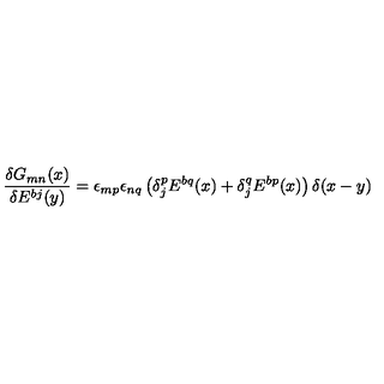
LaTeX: \frac { \delta G _ { m n } ( x ) } { \delta E ^ { b j } ( y ) } = \epsilon _ { m p } \epsilon _ { n q } \left( \delta _ { j } ^ { p } E ^ { b q } ( x ) + \delta _ { j } ^ { q } E ^ { b p } ( x ) \right) \delta ( x - y )